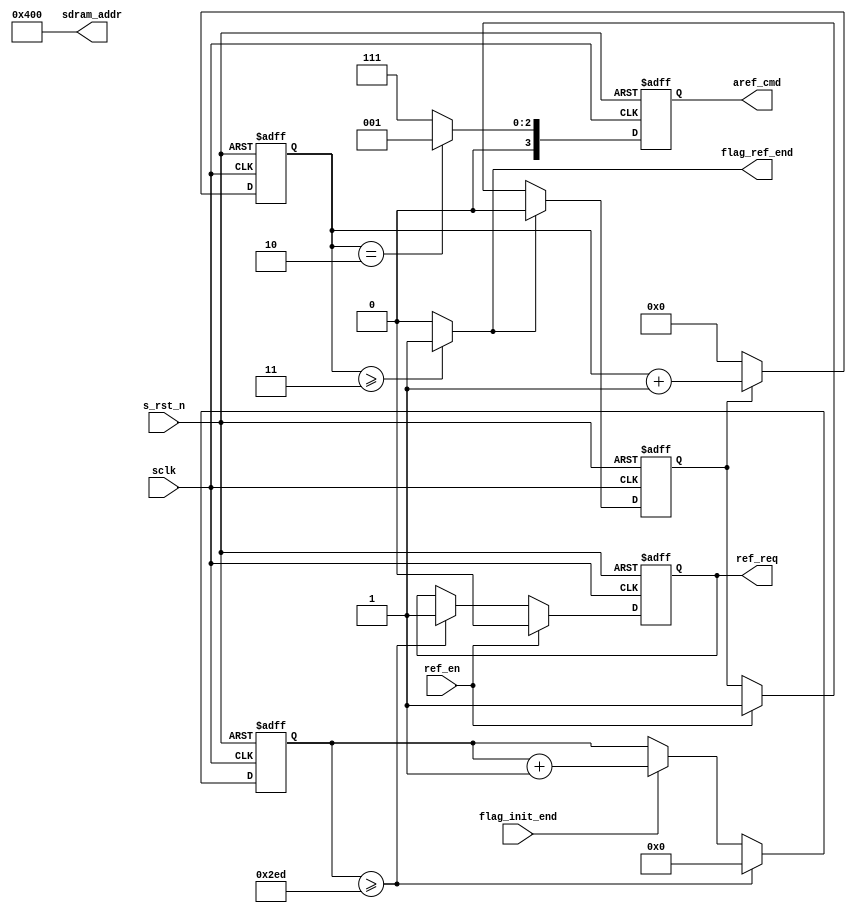
module  sdram_aref(
        // system signals
        input                   sclk                    ,
        input                   s_rst_n                 ,
        // communicate with ARBIT
        input                   ref_en                  ,
        output  reg             ref_req                 ,
        output  wire            flag_ref_end            ,
        // others
        output  reg     [ 3:0]  aref_cmd                ,
        output  wire    [11:0]  sdram_addr              ,
        input                   flag_init_end           
);

//================================================================\
// ********* Define Parameter and Internal Signals *********
//================================================================/
localparam      DELAY_15US      =       749                     ;
localparam      CMD_AREF        =       4'b0001                 ;
localparam      CMD_NOP         =       4'b0111                 ;
localparam      CMD_PRE         =       4'b0010                 ;

reg     [ 3:0]                  cmd_cnt                         ;
reg     [ 9:0]                  ref_cnt                         ;
reg                             flag_ref                        ;

//==========================================================================
// ****************     Main    Code    **************
//==========================================================================
always  @(posedge sclk or negedge s_rst_n) begin
        if(s_rst_n == 1'b0)
                ref_cnt <=      'd0;
        else if(ref_cnt >= DELAY_15US)
                ref_cnt <=      'd0;
        else if(flag_init_end == 1'b1)
                ref_cnt <=      ref_cnt + 1'b1;
end

always  @(posedge sclk or negedge s_rst_n) begin
        if(s_rst_n == 1'b0)
                flag_ref        <=      1'b0;
        else if(flag_ref_end == 1'b1)
                flag_ref        <=      1'b0;
        else if(ref_en == 1'b1)
                flag_ref        <=      1'b1;
end

always  @(posedge sclk or negedge s_rst_n) begin
        if(s_rst_n == 1'b0)
                cmd_cnt <=      'd0;
        else if(flag_ref == 1'b1)
                cmd_cnt <=      cmd_cnt + 1'b1;
        else 
                cmd_cnt <=      'd0;
end

always  @(posedge sclk or negedge s_rst_n) begin
        if(s_rst_n == 1'b0)
                aref_cmd        <=      CMD_NOP;
        else if(cmd_cnt == 'd2)
                aref_cmd        <=      CMD_AREF;
        else
                aref_cmd        <=      CMD_NOP;
end

always  @(posedge sclk or negedge s_rst_n) begin
        if(s_rst_n == 1'b0)
                ref_req <=      1'b0;
        else if(ref_en == 1'b1)
                ref_req <=      1'b0;
        else if(ref_cnt >= DELAY_15US)
                ref_req <=      1'b1;
end
assign  flag_ref_end    =       (cmd_cnt >= 'd3) ? 1'b1 : 1'b0;
assign  sdram_addr      =       12'b0100_0000_0000;

endmodule